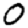
Digit: 0